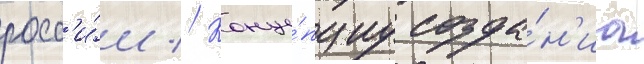
росс'и́и // Конце́пциу созда́н'иа